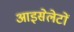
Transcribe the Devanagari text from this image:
आइसेलेटों